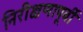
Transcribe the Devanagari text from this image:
निरीक्षणापूर्वी